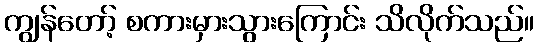
ကျွန်တော့် စကားမှားသွားကြောင်း သိလိုက်သည်။